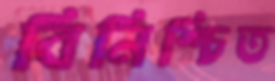
বিনিশ্চিত